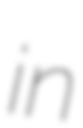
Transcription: in